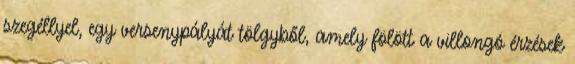
szegéllyel, egy versenypályát tölgyből, amely fölött a villongó érzések